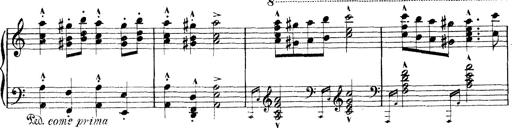
Title: Rapsodie: 19 ungheresi, 1 spagnuola
Composer: Franz Liszt